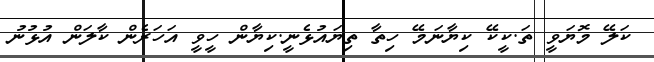
ކަލޭ މޮޔަވީ ތަ.ކީކޭ ކިޔާނަމޭ ހިތާ ތިޔައުޅެނީ.ކިޔާން ހީވީ އަހަރެން ކާލަން އުޅުނު